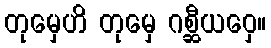
တုမှေဟိ တုမှေ ဂစ္ဆီယဝှေ။